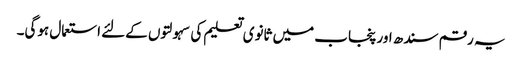
یہ رقم سندھ اور پنجاب میں ثانوی تعلیم کی سہولتوں کےلئے استعمال ہوگی۔